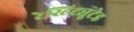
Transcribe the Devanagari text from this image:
रेस्टिट्यूटेड